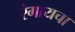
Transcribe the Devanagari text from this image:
रंगायचा